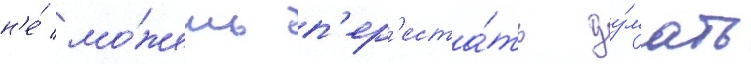
н'е́ мо́жешь п'ер'еста́ть ду́мать